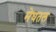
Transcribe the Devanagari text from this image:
मेघतल